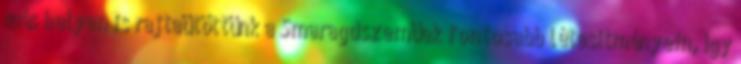
más helyen is rajtaütöttünk a Smaragdszeműek fontosabb létesítményein, így